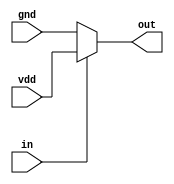
module io_buffer (
    input wire in,
    output wire out,
    input wire vdd,
    input wire gnd
);

assign out = in ? vdd : gnd;

endmodule